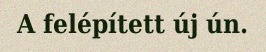
A felépített új ún.